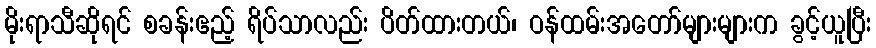
မိုးရာသီဆိုရင် စခန်းဧည့် ရိပ်သာလည်း ပိတ်ထားတယ်၊ ဝန်ထမ်းအတော်များများက ခွင့်ယူပြီး